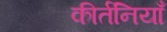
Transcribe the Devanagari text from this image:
कीर्तनियाँ